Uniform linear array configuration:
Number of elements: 32
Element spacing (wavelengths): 0.25
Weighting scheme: uniform
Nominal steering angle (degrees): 45
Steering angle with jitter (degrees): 46.829
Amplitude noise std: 0.05
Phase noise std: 0.05

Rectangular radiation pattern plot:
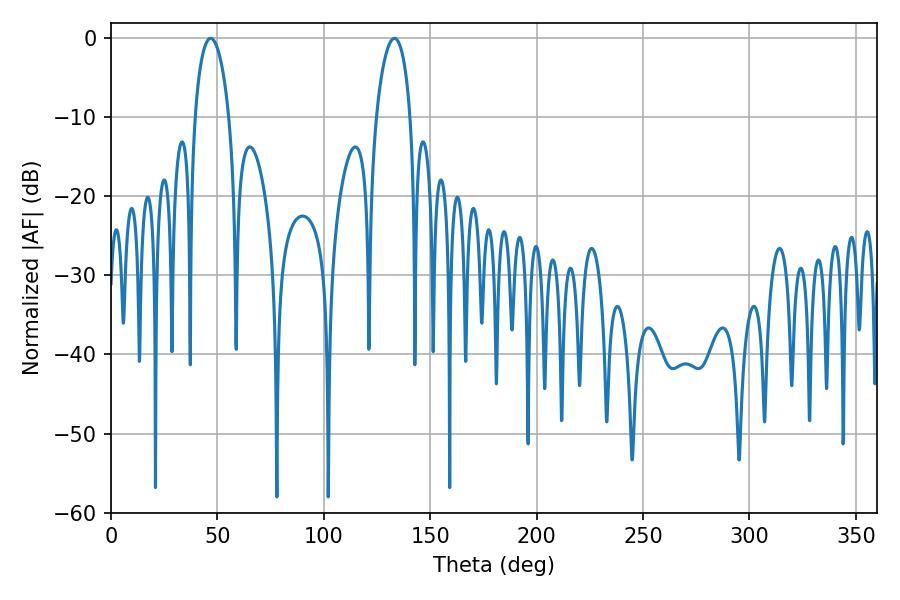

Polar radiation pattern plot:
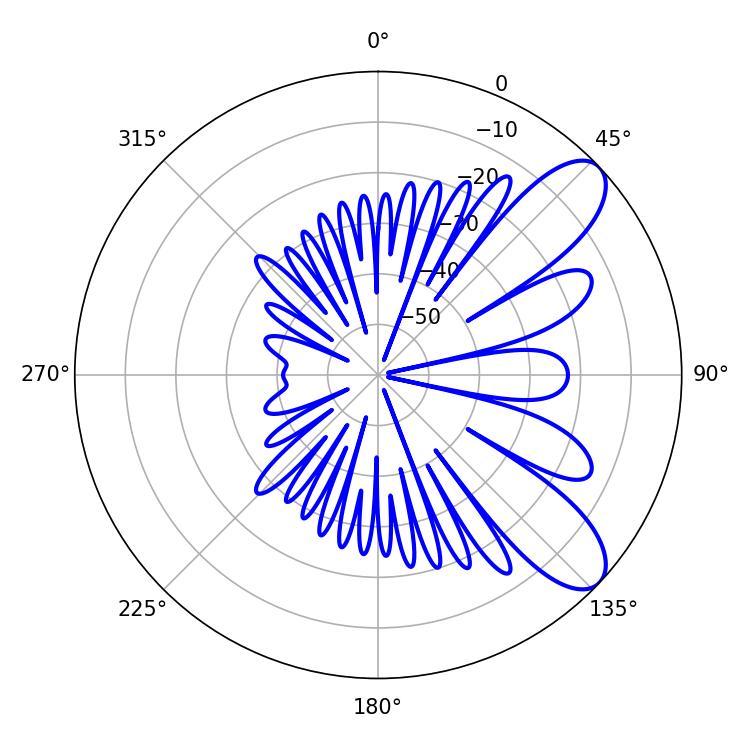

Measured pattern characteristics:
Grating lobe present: FALSE
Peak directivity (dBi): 8.833
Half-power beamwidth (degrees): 9.18
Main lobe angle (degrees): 46.8